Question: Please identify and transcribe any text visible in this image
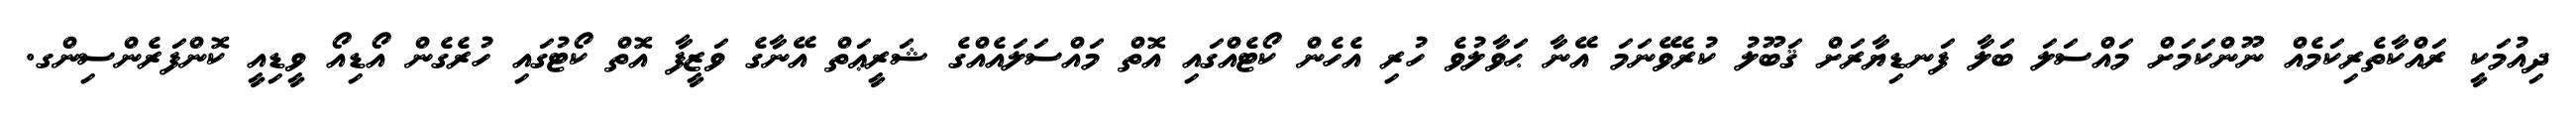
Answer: ދިއުމަކީ ރައްކާތެރިކަމެއް ނޫންކަމަށް މައްސަލަ ބަލާ ފަނޑިޔާރަށް ޤަބޫލު ކުރެވޭނަމަ އޭނާ ޙަވާލުވެ ހުރި އެހެން ކޯޓެއްގައި އޮތް މައްސަލައެއްގެ ޝަރީޢަތް އޭނާގެ ވަޒީފާ އޮތް ކޯޓުގައި ހުރެގެން އޯޑިއޯ ވީޑިއީ ކޮންފަރެންސިންގ.